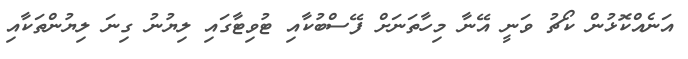
އަނެއްކޮޅުން ކޯޗު ވަނީ އޭނާ މިހާތަނަށް ފޭސްބުކާއި ޓުވިޓާގައި ލިޔުނު ގިނަ ލިޔުންތަކާއި